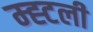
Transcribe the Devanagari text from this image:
म्ह्टली